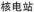
核电站